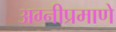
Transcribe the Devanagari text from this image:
अग्नीप्रमाणे